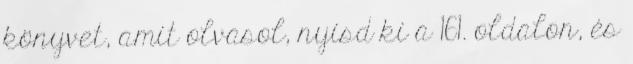
könyvet, amit olvasol, nyisd ki a 161. oldalon, és